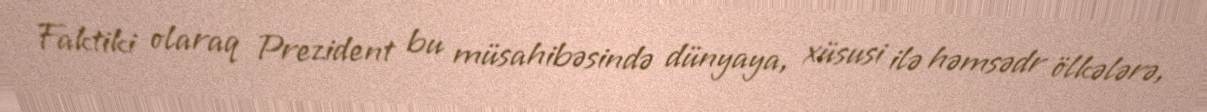
Faktiki olaraq Prezident bu müsahibəsində dünyaya, xüsusi ilə həmsədr ölkələrə,